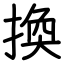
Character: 換